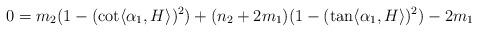
LaTeX: \begin{align*} 0=m_{2}(1-(\cot \langle \alpha_{1}, H\rangle )^{2})+(n_{2}+2m_{1})(1-(\tan \langle \alpha_{1}, H\rangle )^{2})-2m_{1}\end{align*}